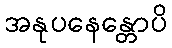
အနုပနေန္တောပိ